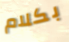
بكلام